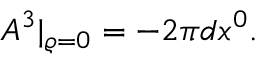
A ^ { 3 } | _ { \varrho = 0 } = - 2 \pi d x ^ { 0 } .